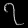
Digit: ၇